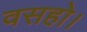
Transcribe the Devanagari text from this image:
वसहो।